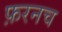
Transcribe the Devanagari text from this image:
फ़रनच